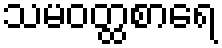
သမဝတ္ထစာရေ